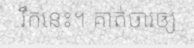
រឹកនេះ។ គាត់ចារឲ្យ